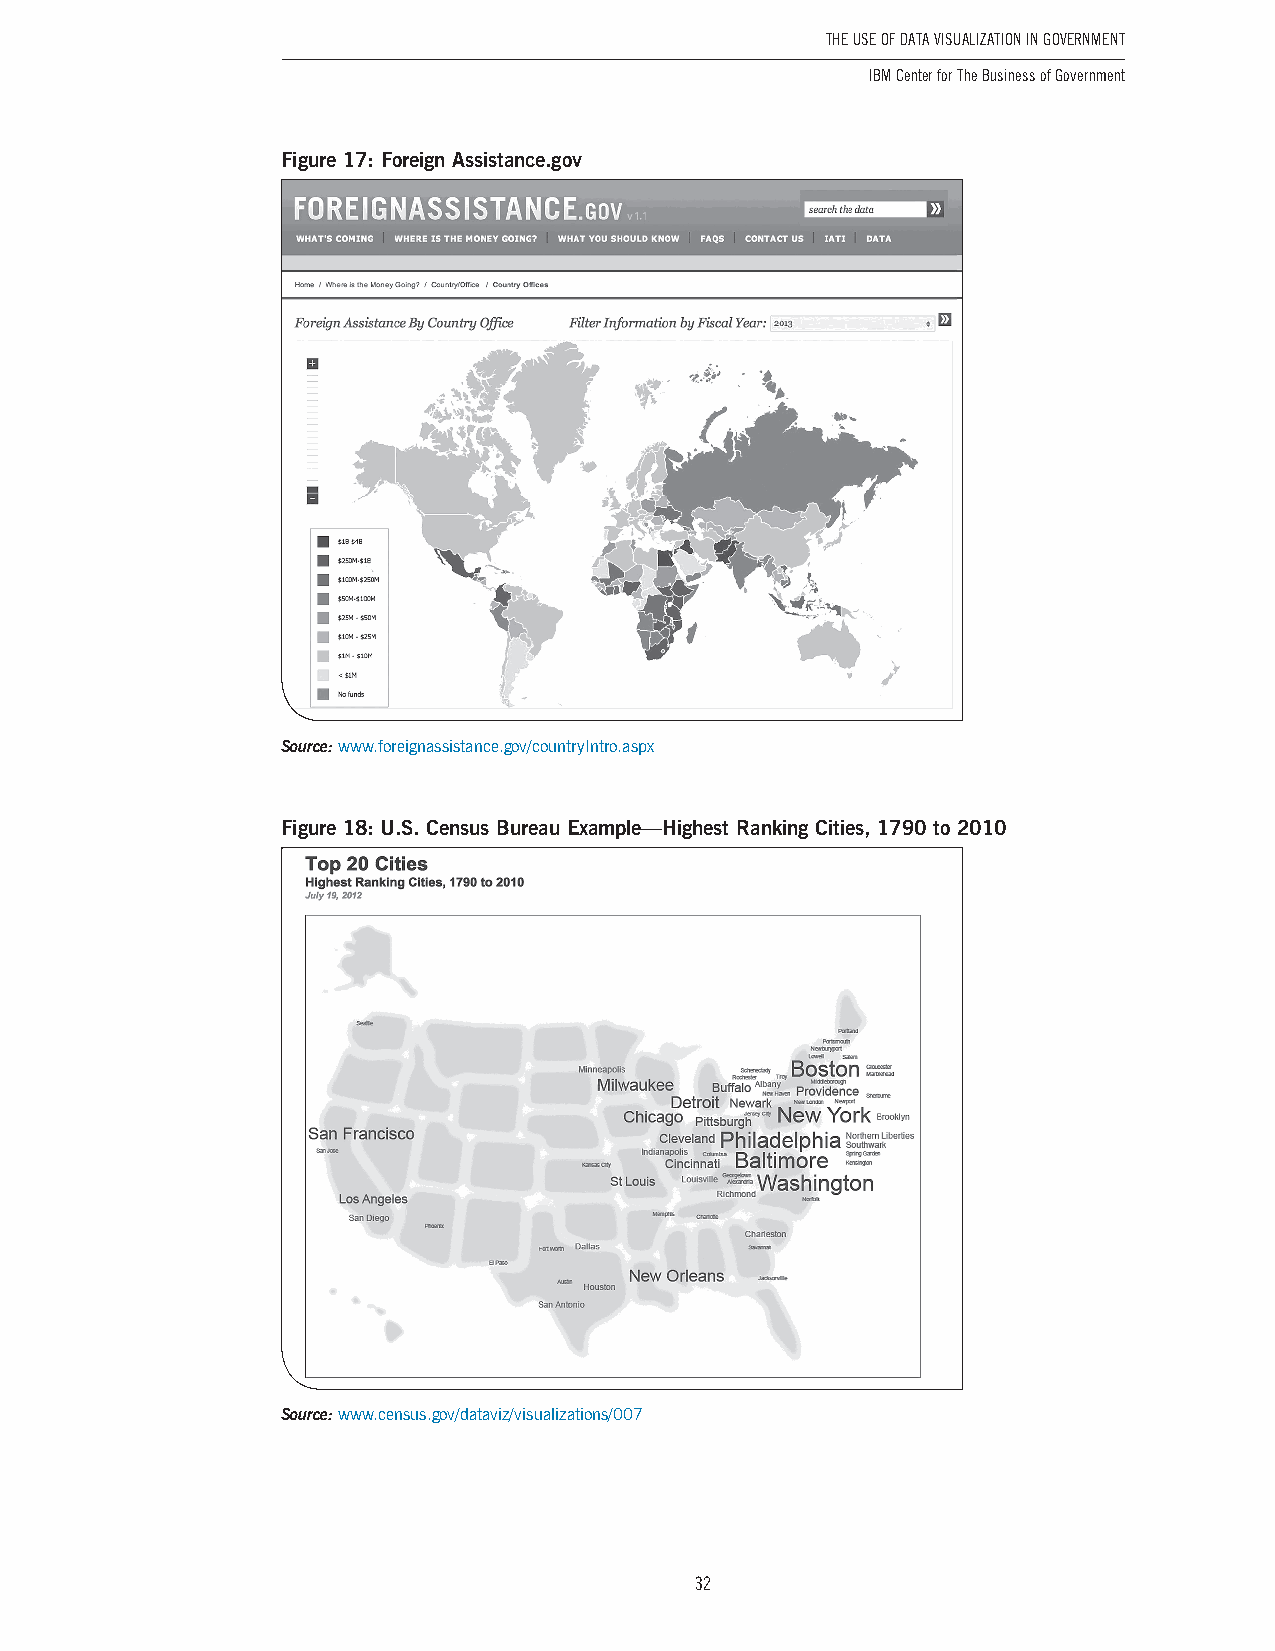
The USe of DaTa ViSUalizaTion in GoVernmenT
 IBM Center for The Business of Government
 Figure 17: Foreign Assistance.gov
 Source: www .foreignassistance .gov/countryIntro .aspx
 Figure 18: U.S. Census Bureau Example—Highest Ranking Cities, 1790 to 2010
 Source: www .census .gov/dataviz/visualizations/007
 32